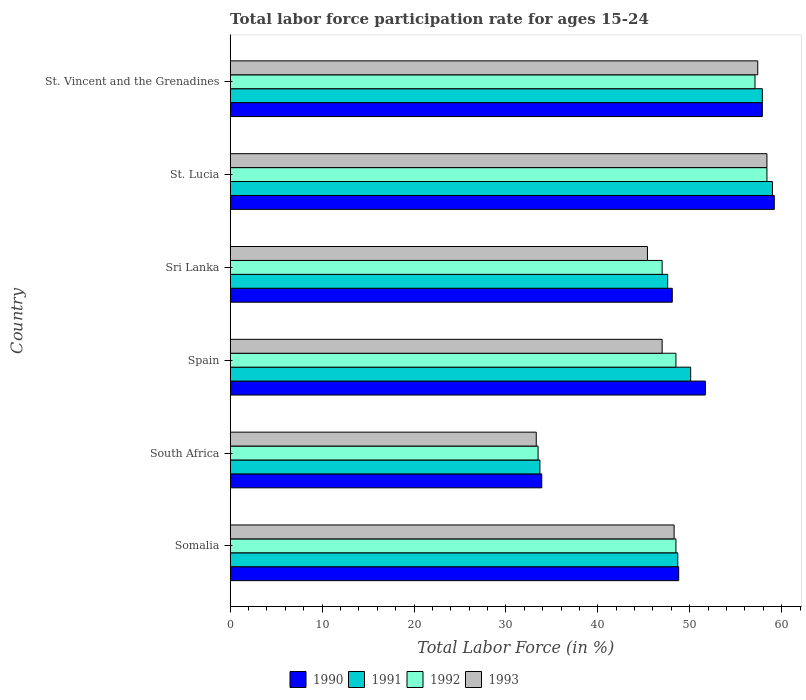
| Country | 1990 | 1991 | 1992 | 1993 |
 | --- | --- | --- | --- | --- |
 | Somalia | 48.8 | 48.7 | 48.5 | 48.3 |
 | South Africa | 33.9 | 33.7 | 33.5 | 33.3 |
 | Spain | 51.7 | 50.1 | 48.5 | 47 |
 | Sri Lanka | 48.1 | 47.6 | 47 | 45.4 |
 | St. Lucia | 59.2 | 59 | 58.4 | 58.4 |
 | St. Vincent and the Grenadines | 57.9 | 57.9 | 57.1 | 57.4 |